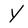
Character: Y